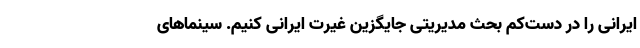
ایرانی را در دست‌کم بحث مدیریتی جایگزین غیرت ایرانی کنیم. سینماهای